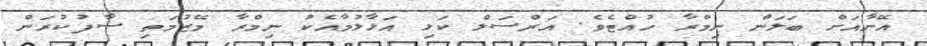
އޭނާއަށް ބަލަން ނިމްރާ ހުއްޓެވެ. އަރްސަލް ކަޅި އަޅާލުމާއެކު ނިމްރާ މޭޒުމަތި ސާފުކުރަން